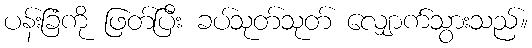
ပန်းခြံကို ဖြတ်ပြီး ခပ်သုတ်သုတ် လျှောက်သွားသည်။